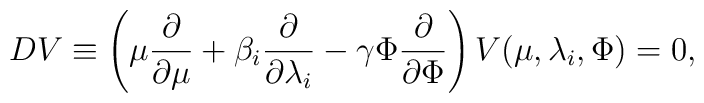
DV \equiv \left( \mu \frac{\partial}{\partial \mu} + \beta_i\frac{\partial}{\partial \lambda_i} - \gamma \Phi\frac{\partial}{\partial \Phi} \right) V (\mu,\lambda_i,\Phi)=0,